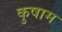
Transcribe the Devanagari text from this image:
कुषाम